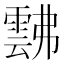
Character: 𩃸